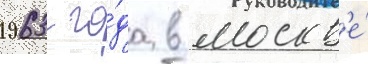
1963 го́да в москв'е́